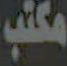
مكتب